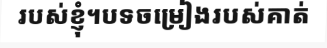
របស់ខ្ញុំ។បទចម្រៀងរបស់គាត់